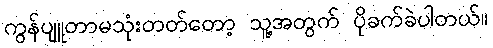
ကွန်ပျူတာမသုံးတတ်တော့ သူ့အတွက် ပိုခက်ခဲပါတယ်။